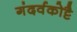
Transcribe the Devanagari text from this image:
गंदर्वकोट्टै